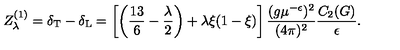
Z _ { \lambda } ^ { ( 1 ) } = \delta _ { \mathrm { T } } - \delta _ { \mathrm { L } } = \left[ \left( \frac { 1 3 } 6 - \frac \lambda 2 \right) + \lambda \xi ( 1 - \xi ) \right] \frac { ( g \mu ^ { - \epsilon } ) ^ { 2 } } { ( 4 \pi ) ^ { 2 } } \frac { C _ { 2 } ( G ) } { \epsilon } .